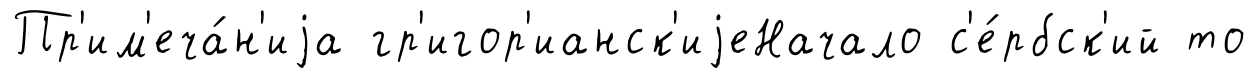
Пр'им'еча́н'иjа гр'игор'ианск'иjеНачало с'е́рбск'ий то